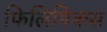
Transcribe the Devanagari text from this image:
फिलिपिकस